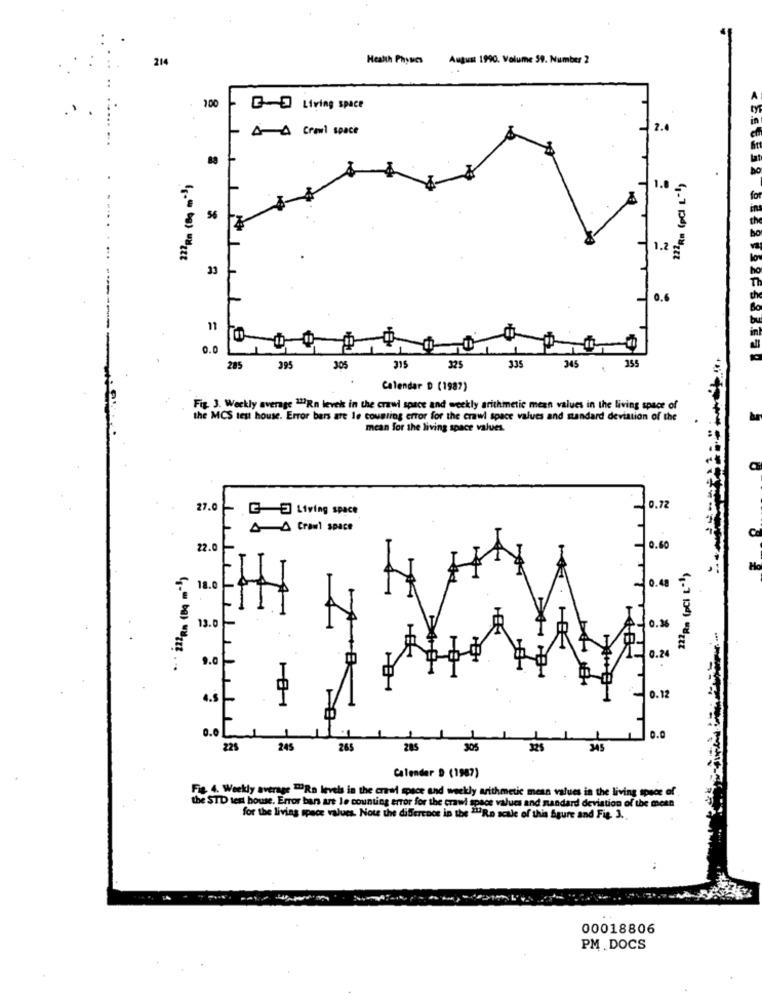
214
Health Physes
August 1990. Volume 59. Number 2
100
3 Living space
- A 4 Crawl space
2.4
1.0
56
1.2
33
Q.
11
0.0
335
355
285
395
305
315
325
345
Calendar D (1987)
Fig. 3. Weekly average "17Rn levels in the crawl space and weekly arithmetic mean values in the living space of
the MCS test house. Error bers are le counting error for the crawl space values and standard deviation of the
mean for the living space values.
27.0
G-E Living space
0.72
A 4 Crawl space
22.0
0.60
Ho
0.48
18.
11 75
0.36
13.0
9.0
0.24
(.“ ba) "alt ?...
0.12
0.0
225
245
265
285
305
345
Calender 9 (1987)
Fig 4. Weekly average "Ra levels in the crawl space and weekly arithmetic mean values in the living space of
the STD test house. Error ban are le counting error for the crawl space values and nandard deviation of the mean
for the living space values. Note the difference in the ""Ro scale of this Sgure and Fig. 3.
00018806
PM.DOCS
.